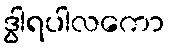
ဒွါရပါလကော